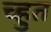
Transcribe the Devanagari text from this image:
च्हुत